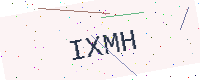
Text: IXMH